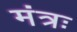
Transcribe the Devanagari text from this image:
मंत्रः